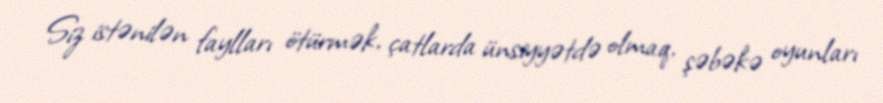
Siz istənilən faylları ötürmək, çatlarda ünsiyyətdə olmaq, şəbəkə oyunları